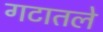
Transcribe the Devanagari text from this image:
गटातले